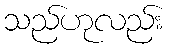
သည်ဟုလည်း